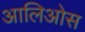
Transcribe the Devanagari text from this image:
आलिओस